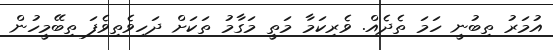
އުމަރު ތިބުނީ ހަމަ ތެދެއް. ވެރިކަމާ މަތީ މަގާމު ތަކަށް ދަހިވެތިވެފަ ތިބޭމީހުން